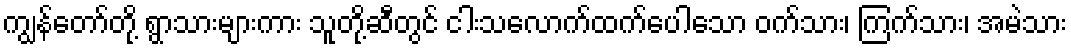
ကျွန်တော်တို့ ရွာသားများကား သူတို့ဆီတွင် ငါးသလောက်ထက်ပေါသော ဝက်သား၊ ကြက်သား၊ အမဲသား